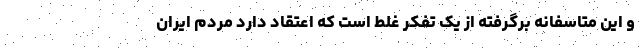
و این متاسفانه برگرفته از یک تفکر غلط است که اعتقاد دارد مردم ایران